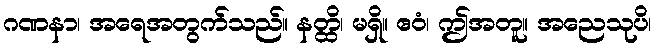
ဂဏနာ၊ အရေအတွက်သည်။ နတ္ထိ၊ မရှိ။ ဧဝံ၊ ဤအတူ။ အညေသုပိ၊